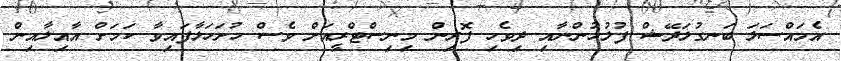
އެމައްސަލަ ބަނގުލަދޭޝް ފުލުހުންނާއި ދިވެހި ފޮރިން މިނިސްޓްރީއަށް ވެސް ހުށަހަޅާފައިވާ ކަމަށް އާއިލާއިން